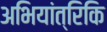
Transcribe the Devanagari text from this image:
अभियांत्रिकि